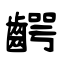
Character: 齶